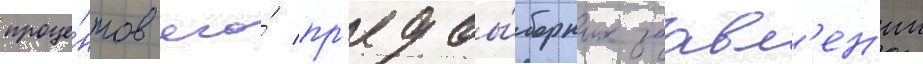
проце́нтов его́ пр'едвы́борных заавл'ен'ии